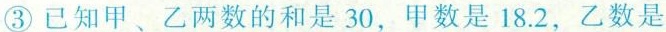
③已知甲、乙两数的和是30，甲数是18.2，乙数是